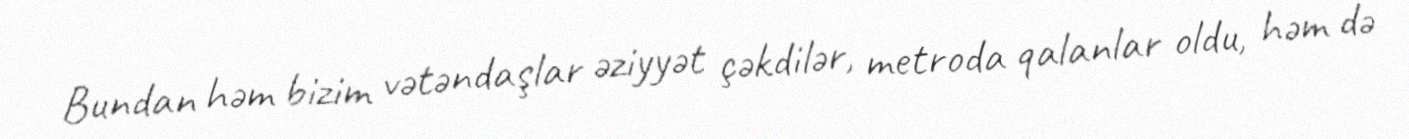
Bundan həm bizim vətəndaşlar əziyyət çəkdilər, metroda qalanlar oldu, həm də